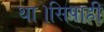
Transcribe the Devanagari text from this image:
था।सिपाही